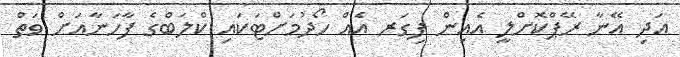
އަދި އޭނާ ރޭޕްކޮށްލީ އެއިން ފިގަރ އެއް ހޯދުމަށްޓަކައި ކްލަބްގެ ފާހަނާއަށް ވަތް